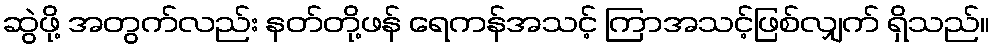
ဆွဲဖို့ အတွက်လည်း နတ်တို့ဖန် ရေကန်အသင့် ကြာအသင့်ဖြစ်လျှက် ရှိသည်။